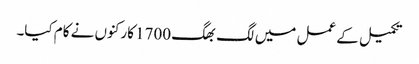
تکمیل کے عمل میں لگ بھگ 1700 کارکنوں نے کام کیا۔